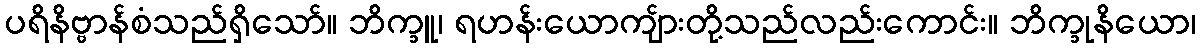
ပရိနိဗ္ဗာန်စံသည်ရှိသော်။ ဘိက္ခူ၊ ရဟန်းယောကျ်ားတို့သည်လည်းကောင်း။ ဘိက္ခုနိယော၊